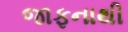
જાફનાથી